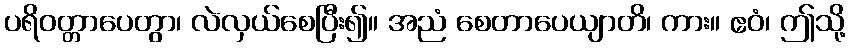
ပရိဝတ္တာပေတွာ၊ လဲလှယ်စေပြီး၍။ အညံ စေတာပေယျာတိ၊ ကား။ ဧဝံ၊ ဤသို့